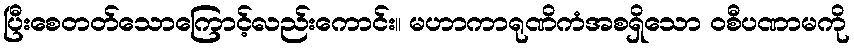
ပြီးစေတတ်သောကြောင့်လည်းကောင်း။ မဟာကာရုဏိကံအစရှိသော ဝစီပဏာမကို